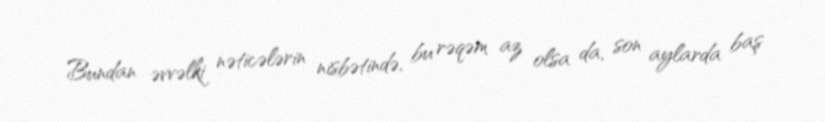
Bundan əvvəlki nəticələrin nisbətində, bu rəqəm az olsa da, son aylarda baş